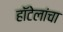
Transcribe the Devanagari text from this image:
हॉटेलांचा